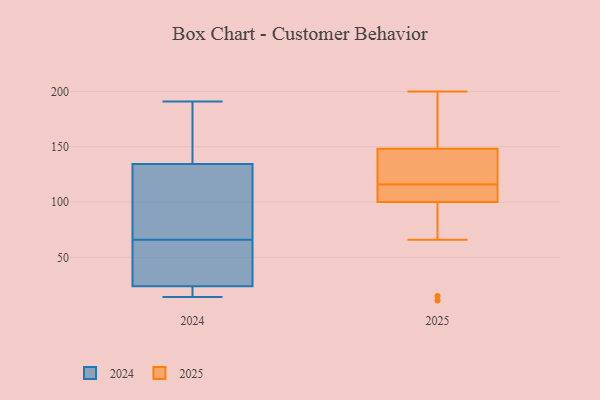
{"axis": {"x": "Waste Production (Tons)", "y": "Value"}, "legend": ["2024", "2025"], "data": [{"x": "", "y": 191, "type": "2024"}, {"x": "", "y": 104, "type": "2024"}, {"x": "", "y": 137, "type": "2024"}, {"x": "", "y": 66, "type": "2024"}, {"x": "", "y": 32, "type": "2024"}, {"x": "", "y": 21, "type": "2024"}, {"x": "", "y": 184, "type": "2024"}, {"x": "", "y": 59, "type": "2024"}, {"x": "", "y": 127, "type": "2024"}, {"x": "", "y": 14, "type": "2024"}, {"x": "", "y": 19, "type": "2024"}, {"x": "", "y": 66, "type": "2025"}, {"x": "", "y": 121, "type": "2025"}, {"x": "", "y": 98, "type": "2025"}, {"x": "", "y": 15, "type": "2025"}, {"x": "", "y": 188, "type": "2025"}, {"x": "", "y": 115, "type": "2025"}, {"x": "", "y": 146, "type": "2025"}, {"x": "", "y": 129, "type": "2025"}, {"x": "", "y": 187, "type": "2025"}, {"x": "", "y": 200, "type": "2025"}, {"x": "", "y": 11, "type": "2025"}, {"x": "", "y": 106, "type": "2025"}, {"x": "", "y": 109, "type": "2025"}, {"x": "", "y": 116, "type": "2025"}, {"x": "", "y": 149, "type": "2025"}]}